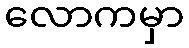
လောကမှာ